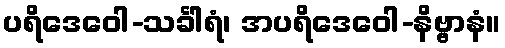
ပရိဒေဝေါ-သင်္ခါရံ၊ အပရိဒေဝေါ-နိဗ္ဗာနံ။